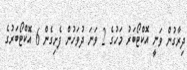
ދިރާގުން ވަނީ އޮކްޓޯބަރު މަހުގެ 2 ވަނަ ދުވަހުން ފެށިގެން 6 އޮކްޓޯބަރުގެ